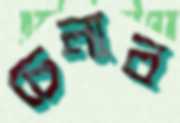
চেনাব